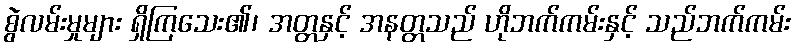
စွဲလမ်းမှုများ ရှိကြသေး၏၊ အတ္တနှင့် အနတ္တသည် ဟိုဘက်ကမ်းနှင့် သည်ဘက်ကမ်း